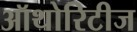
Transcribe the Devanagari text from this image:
ऑथोरिटीज